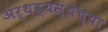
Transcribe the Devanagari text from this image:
अर्थव्यस्थेच्या